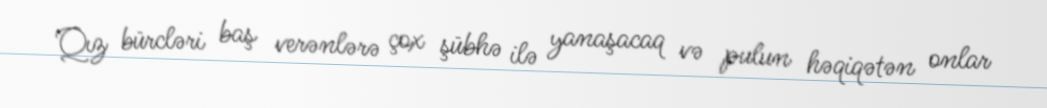
Qız bürcləri baş verənlərə çox şübhə ilə yanaşacaq və pulun həqiqətən onlar